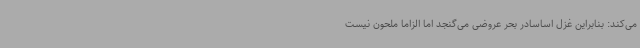
می‌کند: بنابراین غزل اساسادر بحر عروضی می‌گنجد اما الزاما ملحون نیست